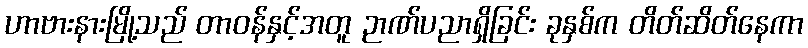
ဟာဗားနားမြို့သည် တာဝန်နှင့်အတူ ဉာဏ်ပညာရှိခြင်း ခုနှစ်က တိတ်ဆိတ်နေကာ